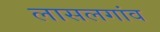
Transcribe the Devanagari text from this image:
लासलगांव